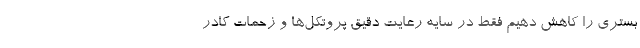
بستری را کاهش دهیم فقط در سایه رعایت دقیق پروتکل‌ها و زحمات کادر